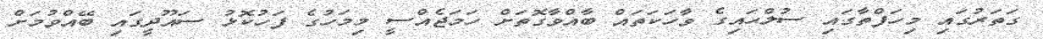
ގަތަރުގައި މިހަފްތާގައި ސުލްޙައިގެ ވާހަކަތައް ބާއްވާގޮތަށް ހަމަޖެއްސީ މިމަހުގެ ފަހުކޮޅު ސައޫދީގައި ބޭއްވުމަށް